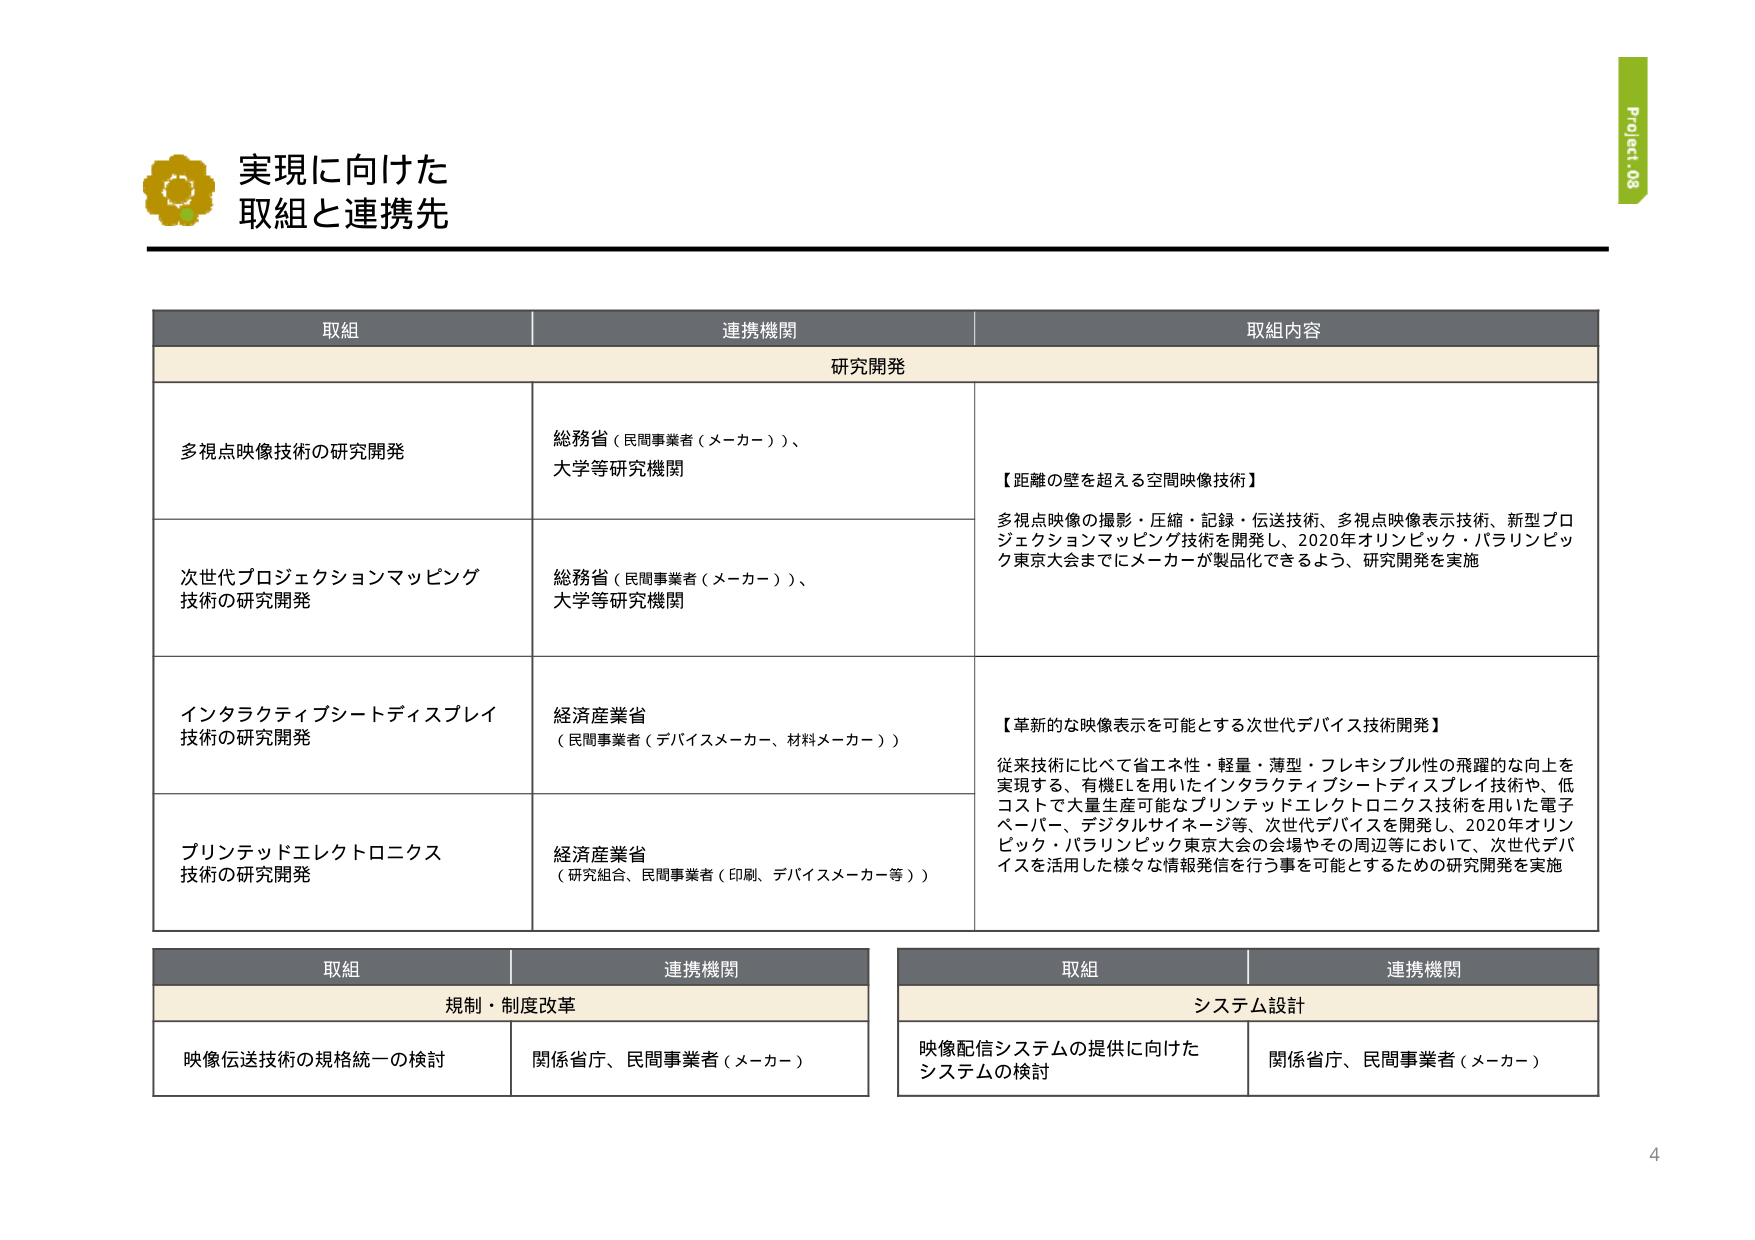
実現に向けた
取組と連携先

Project 08

取組　　　　　　　　　　　　　　　　　　　連携機関　　　　　　　　　　　　　　　　　　　取組内容
　　　　　　　　　　　　　　　　　　　　　研究開発

多視点映像技術の研究開発　　　　　　　　総務省（民間事業者（メーカー））、
　　　　　　　　　　　　　　　　　　　　大学等研究機関

次世代プロジェクションマッピング　　　　総務省（民間事業者（メーカー））、
技術の研究開発　　　　　　　　　　　　大学等研究機関

インタラクティブシートディスプレイ　　　経済産業省
技術の研究開発　　　　　　　　　　　　（民間事業者（デバイスメーカー、材料メーカー））

プリンテッドエレクトロニクス　　　　　　経済産業省
技術の研究開発　　　　　　　　　　　　（研究組合、民間事業者（印刷、デバイスメーカー等））

【距離の壁を超える空間映像技術】
多視点映像の撮影・圧縮・記録・伝送技術、多視点映像表示技術、新型プロジェクションマッピング技術を開発し、2020年オリンピック・パラリンピック東京大会までにメーカーが製品化できるよう、研究開発を実施

【革新的な映像表示を可能とする次世代デバイス技術開発】
従来技術に比べて省エネ性・軽量・薄型・フレキシブル性の飛躍的な向上を実現する、有機ELを用いたインタラクティブシートディスプレイ技術や、低コストで大量生産可能なプリンテッドエレクトロニクス技術を用いた電子ペーパー、デジタルサイネージ等、次世代デバイスを開発し、2020年オリンピック・パラリンピック東京大会の会場やその周辺等において、次世代デバイスを活用した様々な情報発信を行う事を可能とするための研究開発を実施

取組　　　　　　　　　　　　　　　　　　　連携機関
　　　　　　　　　　　　　　　　　　　　　規制・制度改革
映像伝送技術の規格統一の検討　　　　　　関係省庁、民間事業者（メーカー）

取組　　　　　　　　　　　　　　　　　　　連携機関
　　　　　　　　　　　　　　　　　　　　　システム設計
映像配信システムの提供に向けた　　　　　関係省庁、民間事業者（メーカー）
システムの検討

4